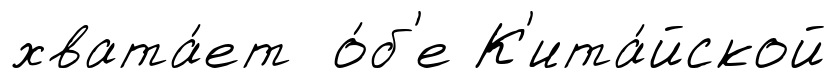
хвата́ет о́б'е К'ита́йской